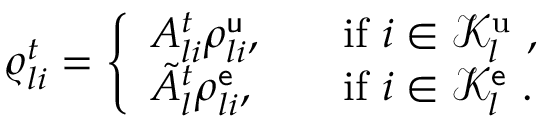
\begin{array} { r } { \varrho _ { l i } ^ { t } = \left\{ \begin{array} { l l } { A _ { l i } ^ { t } \rho _ { l i } ^ { \mathsf { u } } , } & { \quad \mathrm { i f ~ } i \in \mathcal { K } _ { l } ^ { \mathrm { u } } \ , } \\ { \tilde { A } _ { l } ^ { t } { \rho _ { l i } ^ { \mathsf { e } } } , } & { \quad \mathrm { i f ~ } i \in \mathcal { K } _ { l } ^ { \mathsf { e } } \ . } \end{array} \right. } \end{array}